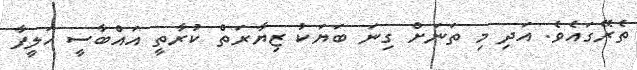
ތެރޭގައެވެ. އަދި މި ތަނަށް ގިނަ ބަޔަކު ޒިޔާރަތް ކުރާތީ އައްބާސީ ހަލީފާ